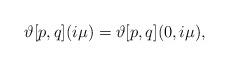
LaTeX: \begin{align*} \vartheta [p,q]( i \mu) = \vartheta [p,q] (0,i\mu ),\end{align*}